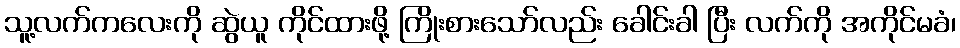
သူ့လက်ကလေးကို ဆွဲယူ ကိုင်ထားဖို့ ကြိုးစားသော်လည်း ခေါင်းခါ ပြီး လက်ကို အကိုင်မခံ၊